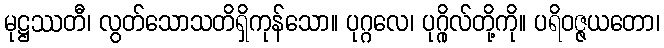
မုဋ္ဌဿတီ၊ လွတ်သောသတိရှိကုန်သော။ ပုဂ္ဂလေ၊ ပုဂ္ဂိုလ်တို့ကို။ ပရိဝဇ္ဇယတော၊